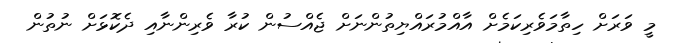
މީ ވަރަށް ހިތާމަވެރިކަމެށް އާއްމުރައްޔިތުންނަށް ޖެއްސުން ކުރާ ވެރިންނާއި ދެކޮޅަށް ނުތުން